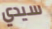
سيدي